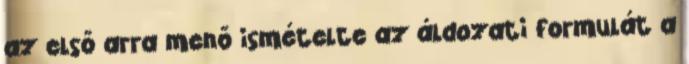
az első arra menő ismételte az áldozati formulát a